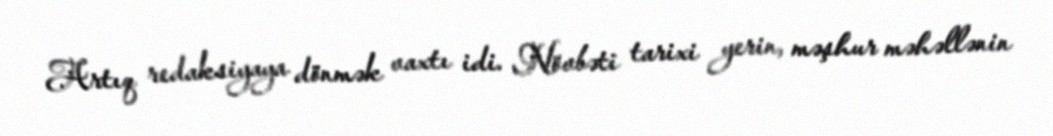
Artıq redaksiyaya dönmək vaxtı idi. Növbəti tarixi yerin, məşhur məhəllənin